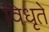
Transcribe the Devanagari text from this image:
विधृते